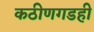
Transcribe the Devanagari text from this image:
कठीणगडही